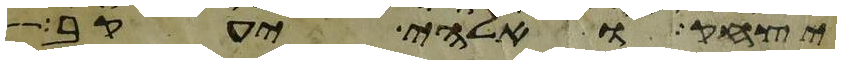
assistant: יצחק ואלהי יעקב